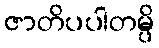
ဇာတိပပါတမ္ပိ